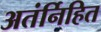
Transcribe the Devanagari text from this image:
अतंर्निहित